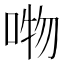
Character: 𭈘